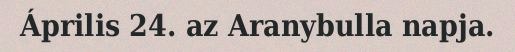
Április 24. az Aranybulla napja.